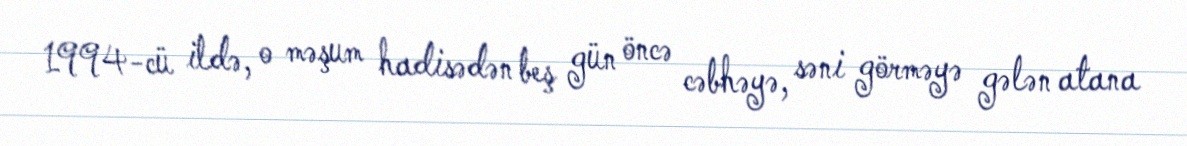
1994-cü ildə, o məşum hadisədən beş gün öncə cəbhəyə, səni görməyə gələn atana